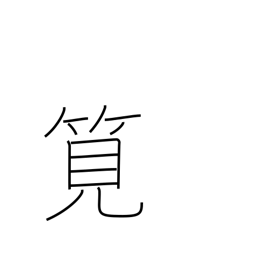
Meaning: flume